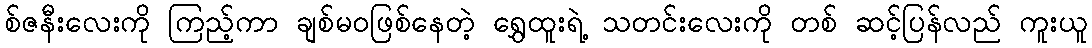
စ်ဇနီးလေးကို ကြည့်ကာ ချစ်မဝဖြစ်နေတဲ့ ရွှေထူးရဲ့ သတင်းလေးကို တစ် ဆင့်ပြန်လည် ကူးယူ